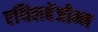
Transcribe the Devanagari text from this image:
एथिलबेंजीन्न